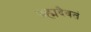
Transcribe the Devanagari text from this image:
ब्रह्मदैवतं